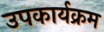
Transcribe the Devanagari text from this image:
उपकार्यक्रम